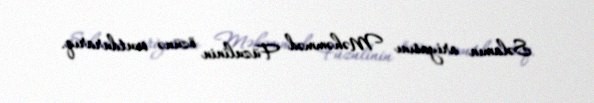
Səlamın ariyasını Məhəmməd Füzulinin özünə oxutdurarıq.